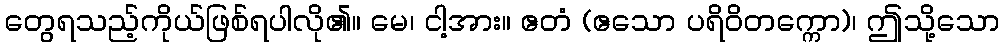
တွေရသည့်ကိုယ်ဖြစ်ရပါလို၏။ မေ၊ ငါ့အား။ ဧတံ (ဧသော ပရိဝိတက္ကော)၊ ဤသို့သော